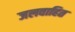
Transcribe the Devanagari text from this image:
जलवाहित